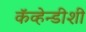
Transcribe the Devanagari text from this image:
कॅव्हेन्डीशी